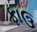
ફાઉ